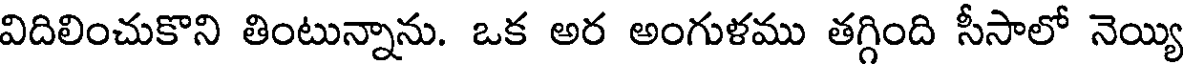
విదిలించుకొని తింటున్నాను. ఒక అర అంగుళము తగ్గింది సీసాలో నెయ్యి